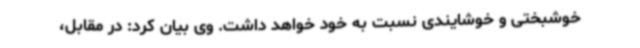
خوشبختی و خوشایندی نسبت به خود خواهد داشت. وی بیان کرد: در مقابل،